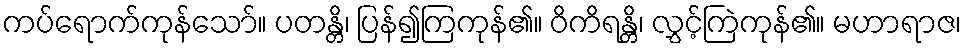
ကပ်ရောက်ကုန်သော်။ ပတန္တိ၊ ပြန်၍ကြကုန်၏။ ဝိကိရန္တိ၊ လွှင့်ကြဲကုန်၏။ မဟာရာဇ၊